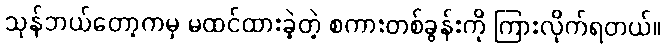
သုန်ဘယ်တော့ကမှ မထင်ထားခဲ့တဲ့ စကားတစ်ခွန်းကို ကြားလိုက်ရတယ်။